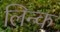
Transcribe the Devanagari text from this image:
लिन्क